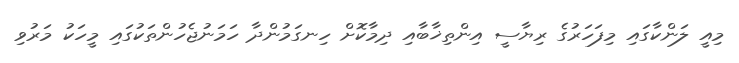
މިއީ ލަންކާގައި މިފަހަރުގެ ރިޔާސީ އިންތިޚާބާއި ދިމާކޮށް ހިނގަމުންދާ ހަމަނުޖެހުންތަކުގައި މީހަކު މަރުވި